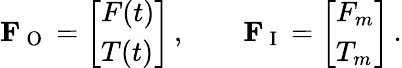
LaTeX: \mathbf{F}_{\mathrm{~O~}}=\left[\begin{array}{l}{F(t)}\\ {T(t)}\end{array}\right]\, ,\qquad\mathbf{F}_{\mathrm{~I~}}=\left[\begin{array}{l}{F_{m}}\\ {T_{m}}\end{array}\right]\, .